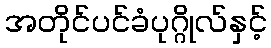
အတိုင်ပင်ခံပုဂ္ဂိုလ်နှင့်